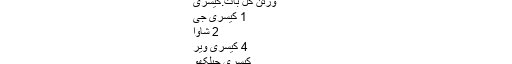
ورتن گل بات:کیسری - وکیپیڈیا
ورتن گل بات:کیسری
1 کیسری جی
2 شاوا
4 کیسری ویر
کیسری جیلکھو
پنجابی وکیپیڈیا تے جی آیاں نوں۔